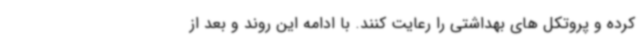
کرده و پروتکل های بهداشتی را رعایت کنند. با ادامه این روند و بعد از